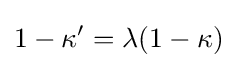
1-\kappa ^{\prime }=\lambda (1-\kappa )